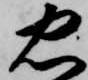
忠